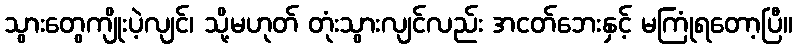
သွားတွေကျိုးပဲ့လျင်၊ သို့မဟုတ် တုံးသွားလျင်လည်း အငတ်ဘေးနှင့် မကြုံရတော့ပြီ။